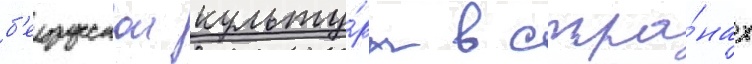
б'елорусскои культу́ры в стра́нах